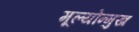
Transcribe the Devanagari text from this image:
मूल्योन्मुख